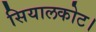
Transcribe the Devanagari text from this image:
सियालकोट।